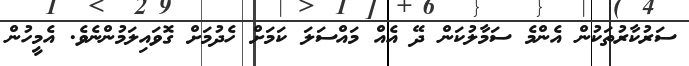
ސަރުކާރުތަކުން އެންމެ ސަމާލުކަން ދޭ އެއް މައްސަލަ ކަމަށް ހެދުމަށް ގޮވައިލަމުންނެވެ. އެމީހުން